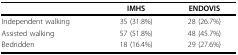
<table><thead><tr><td></td><td><b><underline>IMHS</underline></b></td><td><b><underline>ENDOVIS</underline></b></td></tr></thead><tbody><tr><td>Independent walking</td><td>35 (31.8%)</td><td>28 (26.7%)</td></tr><tr><td>Assisted walking</td><td>57 (51.8%)</td><td>48 (45.7%)</td></tr><tr><td>Bedridden</td><td>18 (16.4%)</td><td>29 (27.6%)</td></tr></tbody></table>